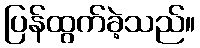
ပြန်ထွက်ခဲ့သည်။